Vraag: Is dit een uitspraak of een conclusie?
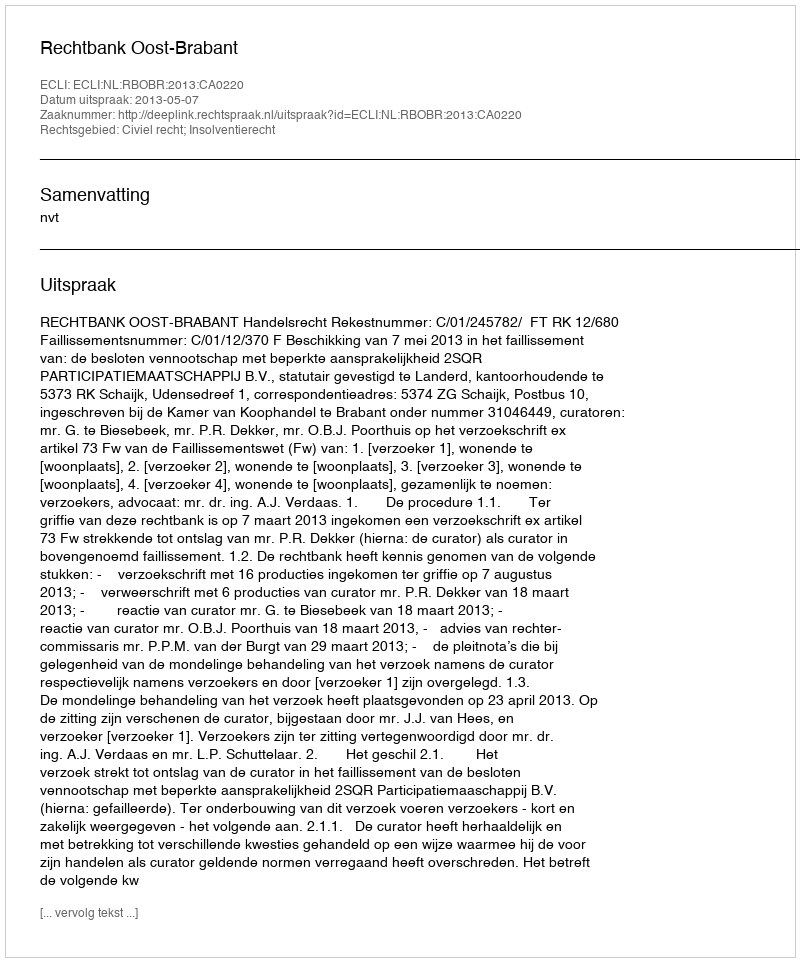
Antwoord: Uitspraak